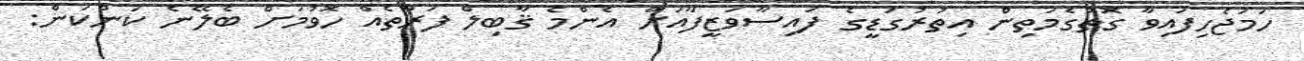
ހަމަޖެހިފައިވާ ގޮތުގެމަތިން އިތުރުގަޑީގެ ފައިސާވަޒީފާއަށް އެންމެ ޤާބިލް ފަރާތެއް ހޮވުމަށް ބެލޭނެ ކަންކަން: